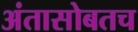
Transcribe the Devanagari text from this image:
अंतासोबतच